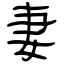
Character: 妻